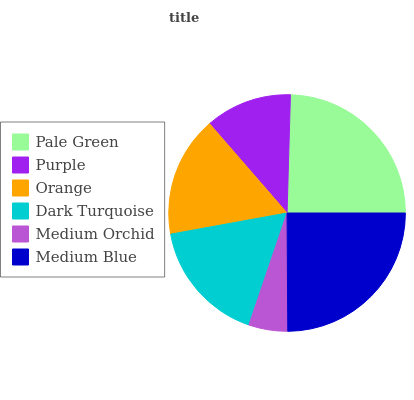
| Pale Green | Purple | Orange | Dark Turquoise | Medium Orchid | Medium Blue |
 | --- | --- | --- | --- | --- | --- |
 | 24.5% | 11.8% | 16.6% | 16.9% | 5.32% | 24.9% |